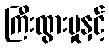
ကြီးထွားမှုနှင့်